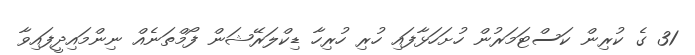
31 ގެ ކުރިން ކަސްޓަމަރުން ހުށަހަޅާފައި ހުރި ހުރިހާ ޑިކްލަރޭޝަން ފޯމްތަނެއް ނިންމައިދީފައިވާ